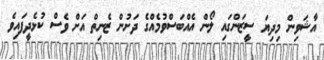
އާޝަވިން މިދިޔަ ސީޒަންގައި ލޯން އެއްބަސްވުމެއްގެ ދަށުން ޒެނިތް އަށް ވެސް ކުޅެދީފައިވެ